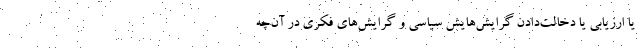
یا ارزیابی یا دخالت‌دادن گرایش‌هایش سیاسی و گرایش‌های فکری در آن‌چه